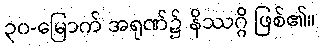
၃၀-မြောက် အရုဏ်၌ နိဿဂ္ဂိ ဖြစ်၏။